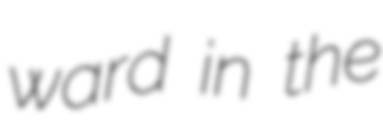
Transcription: ward in the